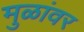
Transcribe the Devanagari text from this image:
मुळांवर